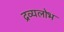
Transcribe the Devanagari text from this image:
द्रव्यलोभ